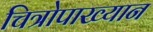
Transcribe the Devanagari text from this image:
चित्रोपाख्यान